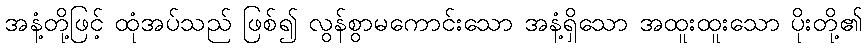
အနံ့တို့ဖြင့် ထုံအပ်သည် ဖြစ်၍ လွန်စွာမကောင်းသော အနံ့ရှိသော အထူးထူးသော ပိုးတို့၏